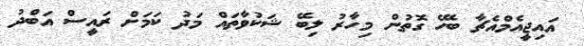
އައިޖީއެމްއެޗާ ބެހޭ ގޮތުން މިހާރު ލިބޭ ޝަކުވާތައް މަދު ކަމަށް ރައީސް އަބްދު